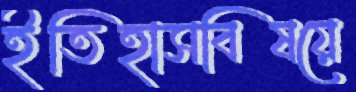
ইতিহাসবিষয়ে